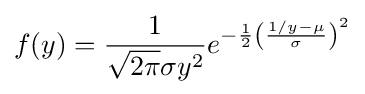
f(y)={\frac {1}{{\sqrt {2\pi }}\sigma y^{2}}}e^{-{\frac {1}{2}}\left({\frac {1/y-\mu }{\sigma }}\right)^{2}}